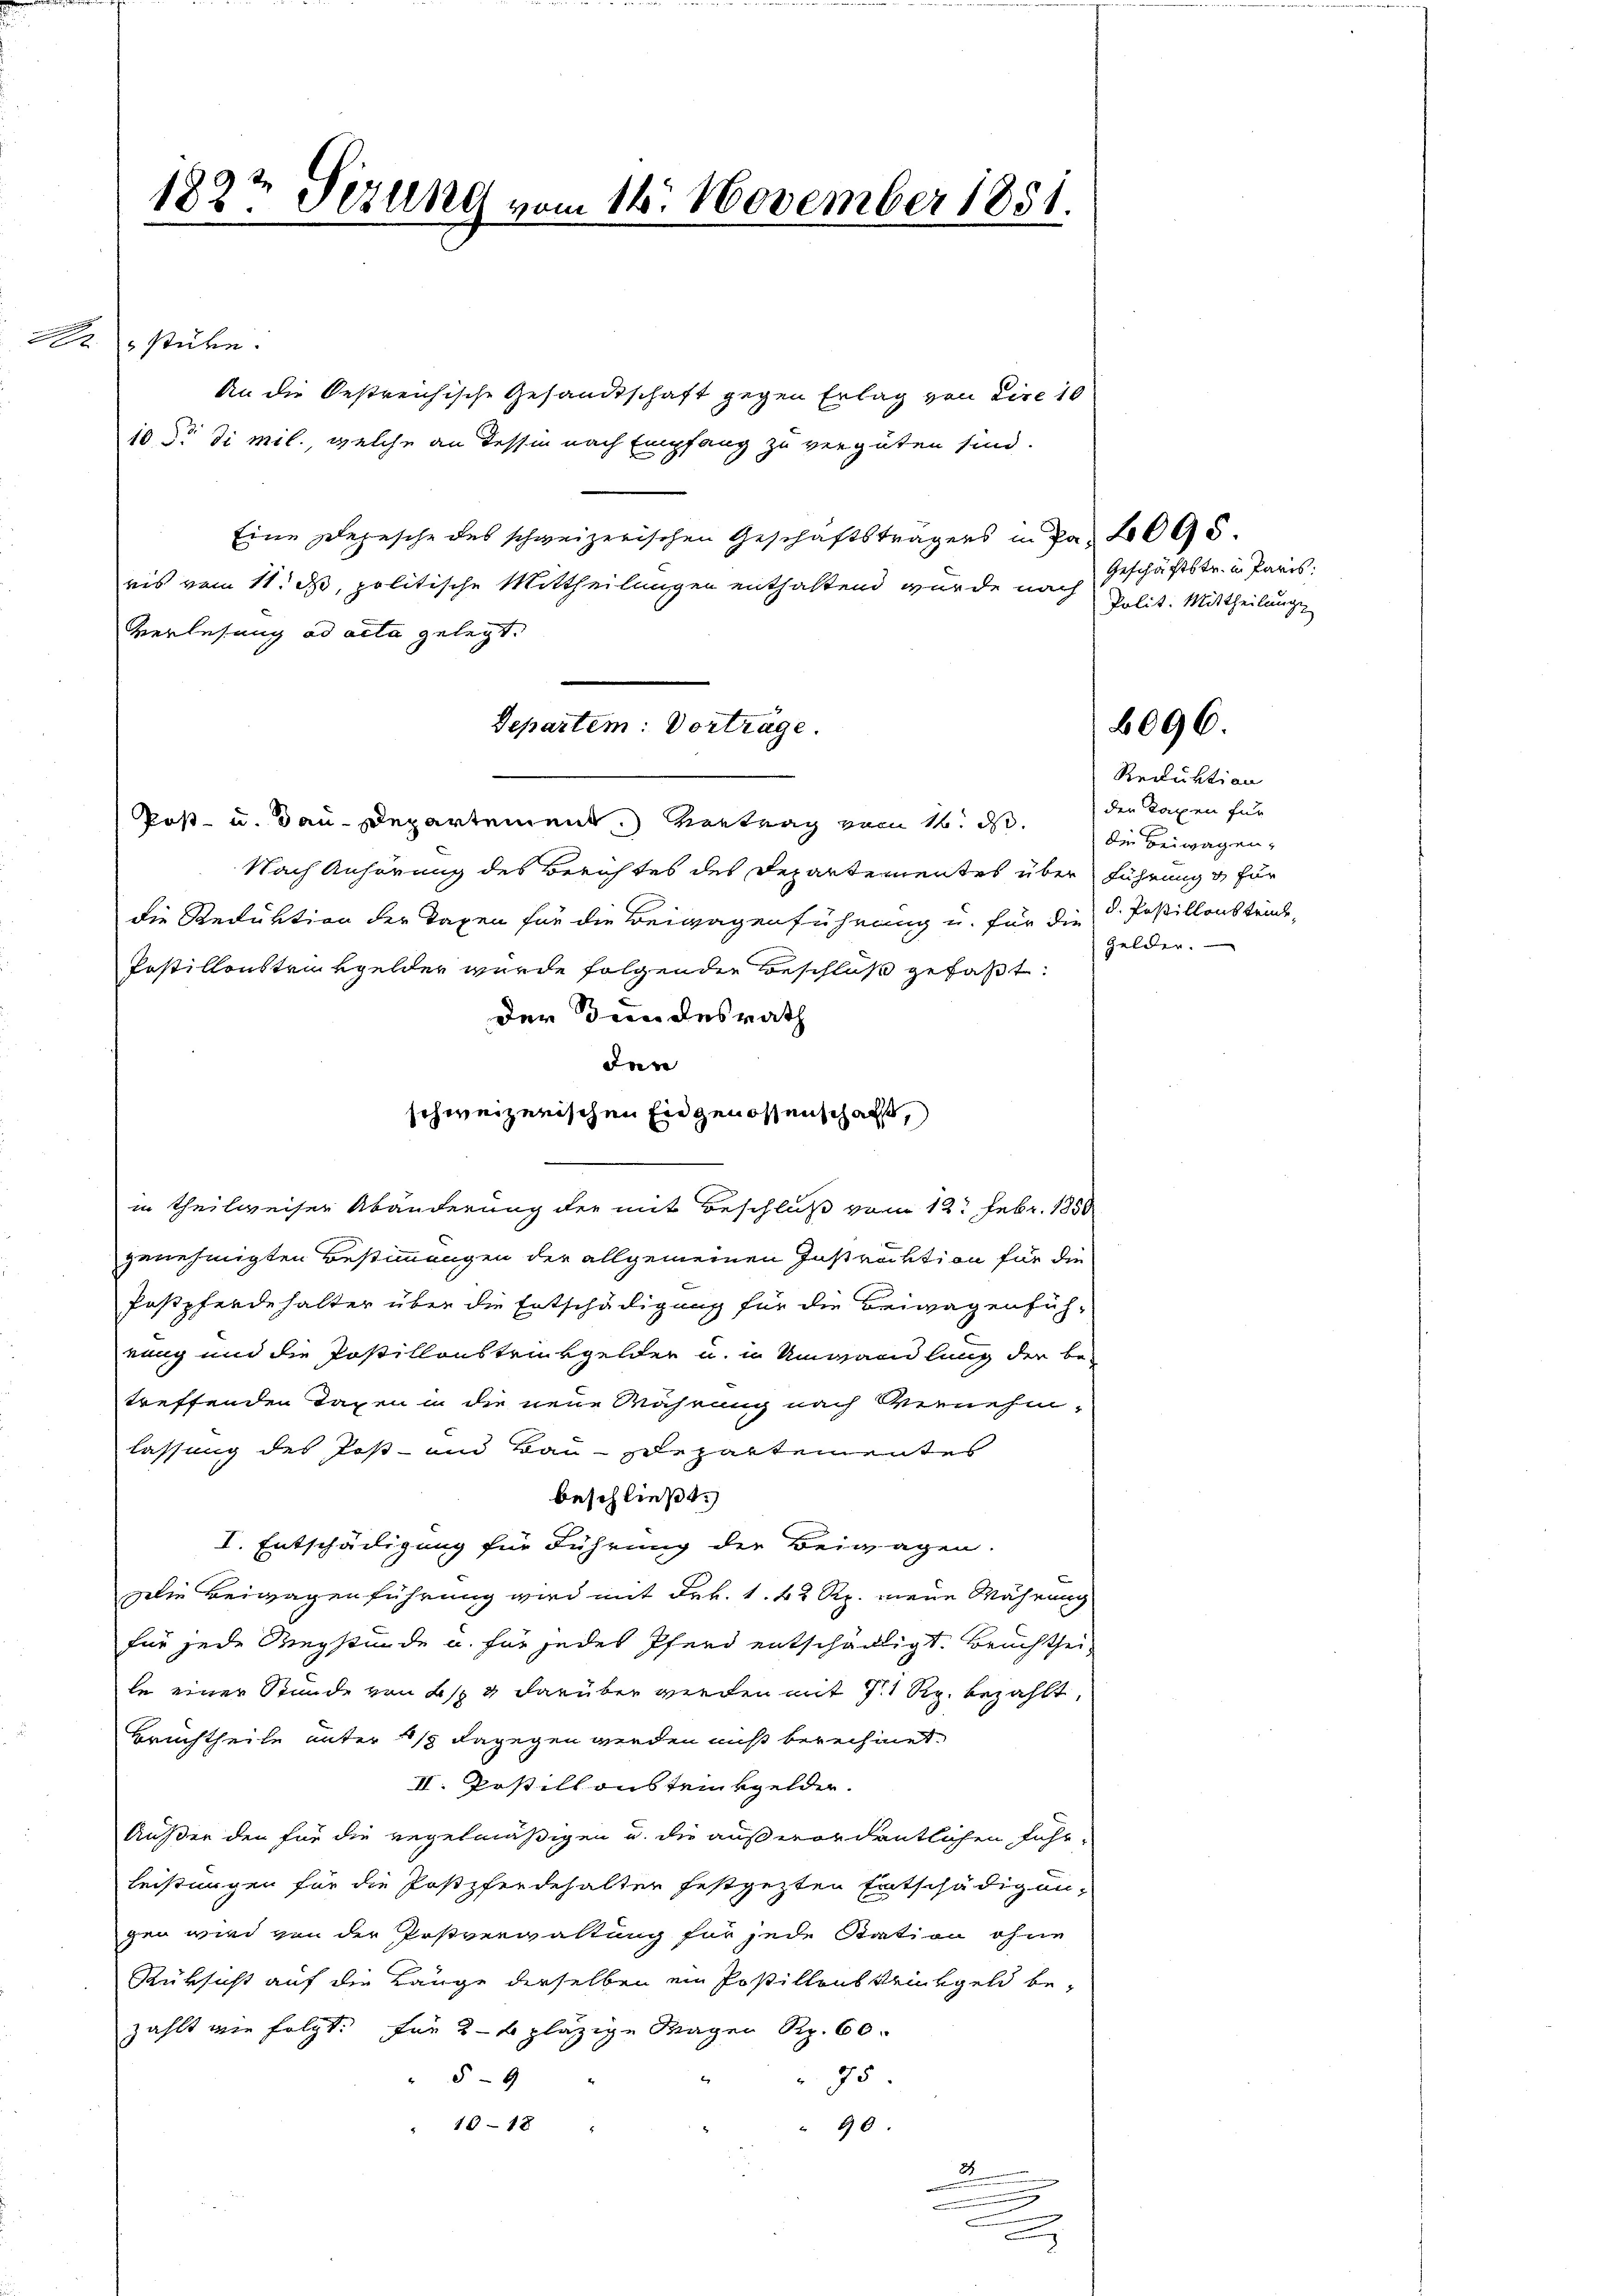
c

182t Sizung vom 16. November 1851.

stüre.
An die Oestreichische Gesandtschaft gegen Erlag von Eine 10
10. di mil., welche an Tessin nach Empfang zu vergüten sind.
Eine Depesche des schweizerischen Geschäftsträgers in Fr. 2095.
ris vom 11. d. politische Mittheilungen enthaltend wurde nach
Verlesung ad acta gelegt.
Post- u. Bau-Departement. Vortrag vom 16. ds.
Nach Anhörung des Berichtes des Departementes über führung & für
die Reduktion der Taxen für die Beigagenführung u. für die d. Postillenstände,
Postillonstrinkgelder wurde folgenden Beschluß gefaßt:
der Bundesrath
den
schweizerischen Eingenossenschafft,
in theilweiser Abänderung der mit Beschluß vom 12. Febr. 1858
genehmigten Bestimmungen der allgemeinen Instruktion für die
Postpferdehalter über die Entschädigung für die Beiwagenfüh-
nung und die Postillonstrückgelder u. in Umwandlung der be-
treffenden Tagen in die neue Währung nach vernehm-
lassung des Post- und Tauschepartementes
beschließt:
I. Entschädigung für Führung der Beiwagen.
Die Beiwagenführung wird mit Frk. 1. 42 Rp. mein Währung
für jede Wegstunde u. für jedes Pferd entschädligt. Bruchtheile einer Stunde von Bs. 2 darüber wieden mit 11 Rp. bezahlt,
Bruchtheile unter 2/3 dagegen werden muß berechnet.
II. Postillonsteinkgelder.
Außer den für die regelmäßigen u. die außerordentlichen Fuhrleistungen für die Postpferdehalter festgezten Entschädigungen wird von der Postverwaltung für jede Station ohne
Rüksicht auf die Länge derselben ein Postillonskrinkgeld be-
zählt wie folgt. für 2 t plazige Magen Rp. 60.
59
75.
10-1x
90.
A
n
g

Departem: Vorträge.

.

Geschäftstr. in Paris.
Polit. Mittheilung

Reduktion
der Taxen für
die Beiwagen,
Gelder.

6096.